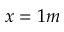
x = 1 m